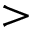
>